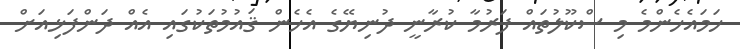
ހަމައެހެންމެ މި ސްކޫލުތައް ފަރުމާ ކުރާނީ ދުނިޔޭގެ އެހެން ޤައުމުތަކުގައި އެއް ދަންފަޅިއަށް